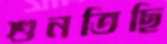
শুনতিছি